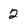
Character: 2